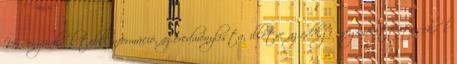
Versenyünkről több információ, az eredménylista, illetve az eddigi megmérettetésekről